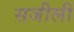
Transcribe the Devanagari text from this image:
सजीली